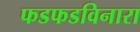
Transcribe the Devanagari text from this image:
फडफडविनारा